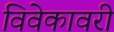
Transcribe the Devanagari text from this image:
विवेकावरी